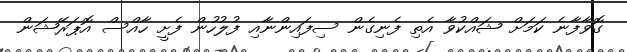
ގޮވާފާނެ ކަމަށް ޝައްކުވާ އެތި ފެނިގެން ސިފައިންނާއި ފުލުހުން ފެށީ ހާއްސް އޮޕަރޭޝަން